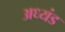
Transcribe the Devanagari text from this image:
अध्यंड